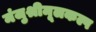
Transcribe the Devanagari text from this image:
मंजुश्रीमूलकल्प